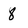
Character: 8